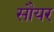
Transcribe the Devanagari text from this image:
सौयर